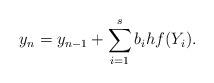
LaTeX: \begin{align*}y_{n} = y_{n-1} + \displaystyle\sum_{i=1}^{s}b_{i}hf(Y_{i}).\end{align*}